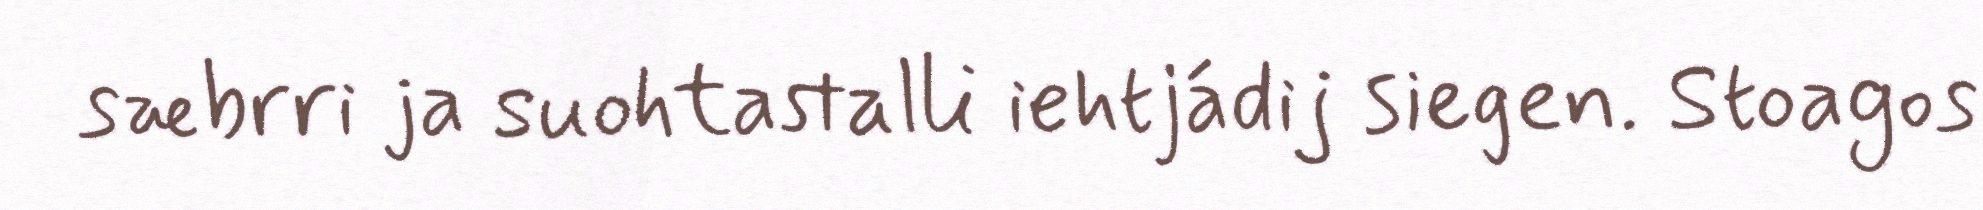
sæbrri ja suohtastalli iehtjádij siegen. Stoagos